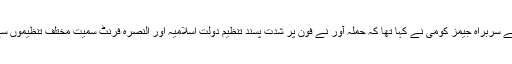
اس سے قبل ایف بی آئی کے سربراہ جیمز کومی نے کہا تھا کہ حملہ آور نے فون پر شدت پسند تنظیم دولتِ اسلامیہ اور النصرہ فرنٹ سمیت مختلف تنظیموں سے وابستگی ظاہر کی تھی۔